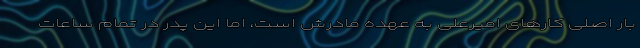
بار اصلی کارهای امیرعلی به عهده مادرش است، اما این پدر در تمام ساعات